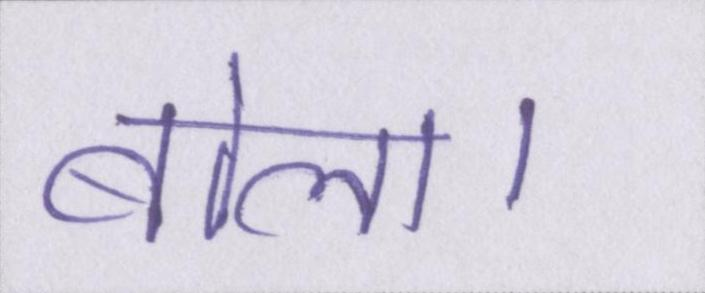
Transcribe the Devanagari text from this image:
बोला।